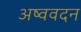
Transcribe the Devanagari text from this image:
अष्ववदन